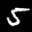
Label: 5